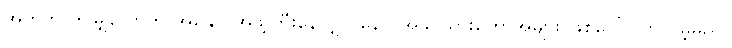
အတွက် ဤမျှလောက် အနှောင်အဖွဲ့ကြီးနေလျှင် နောင်အခါ သားတော်အများ ဖြစ်ပေါ် လာလိမ့်မည်။